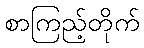
စာကြည့်တိုက်